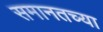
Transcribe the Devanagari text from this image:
समानतच्या